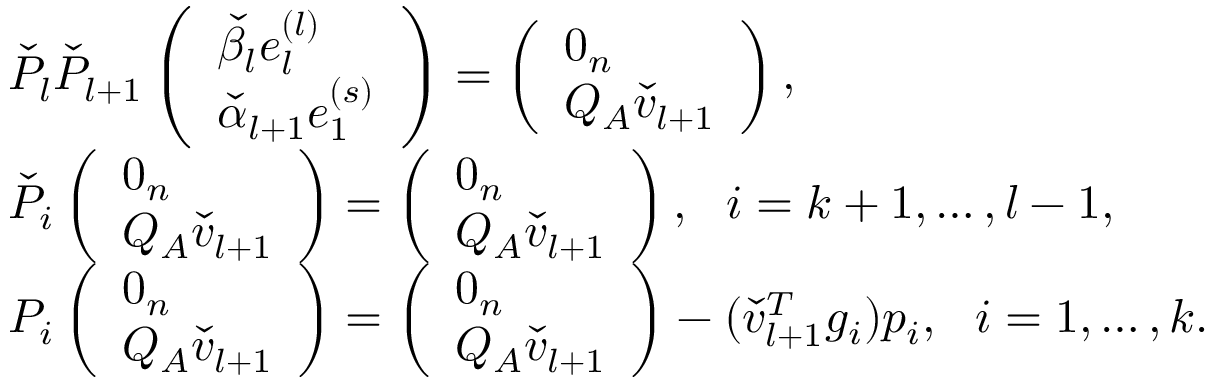
\begin{array} { r l } & { \check { P } _ { l } \check { P } _ { l + 1 } \left( \begin{array} { l } { \check { \beta } _ { l } e _ { l } ^ { ( l ) } } \\ { \check { \alpha } _ { l + 1 } e _ { 1 } ^ { ( s ) } } \end{array} \right) = \left( \begin{array} { l } { 0 _ { n } } \\ { Q _ { A } \check { v } _ { l + 1 } } \end{array} \right) , } \\ & { \check { P } _ { i } \left( \begin{array} { l } { 0 _ { n } } \\ { Q _ { A } \check { v } _ { l + 1 } } \end{array} \right) = \left( \begin{array} { l } { 0 _ { n } } \\ { Q _ { A } \check { v } _ { l + 1 } } \end{array} \right) , \ \ i = k + 1 , \dots , l - 1 , } \\ & { P _ { i } \left( \begin{array} { l } { 0 _ { n } } \\ { Q _ { A } \check { v } _ { l + 1 } } \end{array} \right) = \left( \begin{array} { l } { 0 _ { n } } \\ { Q _ { A } \check { v } _ { l + 1 } } \end{array} \right) - ( \check { v } _ { l + 1 } ^ { T } g _ { i } ) p _ { i } , \ \ i = 1 , \dots , k . } \end{array}